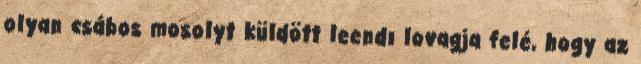
olyan csábos mosolyt küldött leendı lovagja felé, hogy az